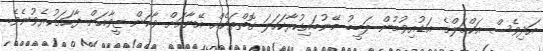
އަދިވެސް އަކްމަލްގެ އަޑުއިވުމުން ލަބީބު މޭނުބައިކުރާކަހަލަ ގޮތްތަކެއް އޭނާއަށް ވާކަން ޒީވާއަށް ފާހަގަކުރެވުނެވެ.